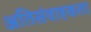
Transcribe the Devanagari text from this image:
अतिसंवाहकता